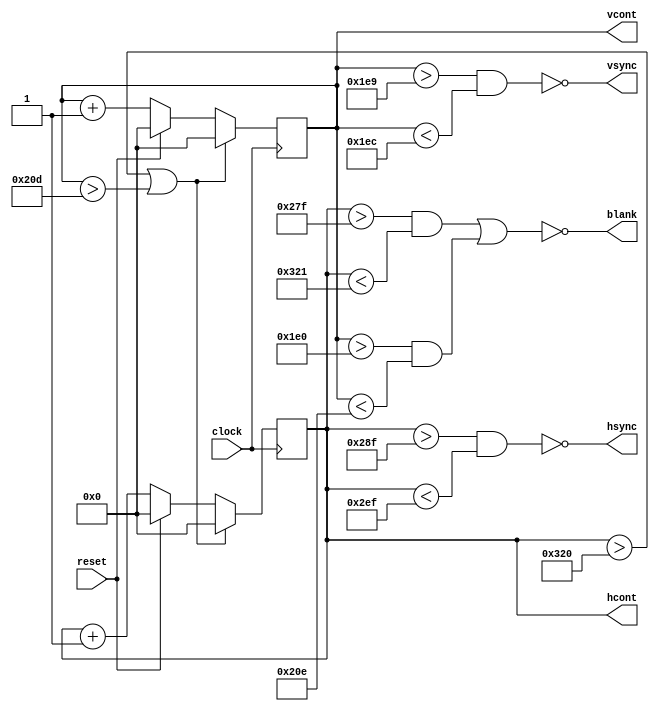
module VGASincController(clock, reset, blank, hsync, vsync, hcont, vcont);
	input reset, clock;
	output wire blank, vsync, hsync;
	
	output reg[9:0] hcont; 	//conta a quantidade de colunas 800
	output reg[9:0] vcont;	//conta a quantidade de linhas 525
	
	always@(posedge clock) begin
		if(reset) begin
			hcont <= 0;
			vcont <= 0;
		end 
		else begin
			hcont <= hcont+1;
			vcont <= vcont+1;
		end
		if(hcont>800 || vcont >525) begin
			hcont <= 0;
			vcont <= 0;
		end
	end
		
		assign hsync = !(hcont>655 & hcont<751); //96 pixels
		assign vsync = !(vcont>489 & vcont<492); //2 linhas
		assign blank = !((hcont>639 & hcont<801)||(vcont>480 & vcont<526));
		
endmodule